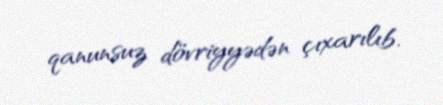
qanunsuz dövriyyədən çıxarılıb.